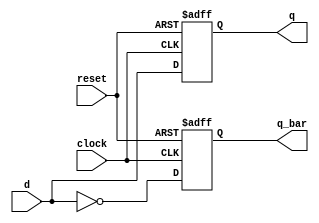
module flipFlop(
    input d,clock,reset,
    output q, q_bar);
    reg q,q_bar;

    always @ (posedge clock or negedge reset)
        begin
        if(reset == 0) begin
            q<=0;
            q_bar<= 1;
        end
        else begin
            q<=d;
            q_bar <= ~d;
        end
    end
endmodule